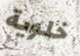
خلوية